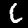
Label: 6